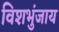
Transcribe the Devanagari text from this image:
विशभुंजाय